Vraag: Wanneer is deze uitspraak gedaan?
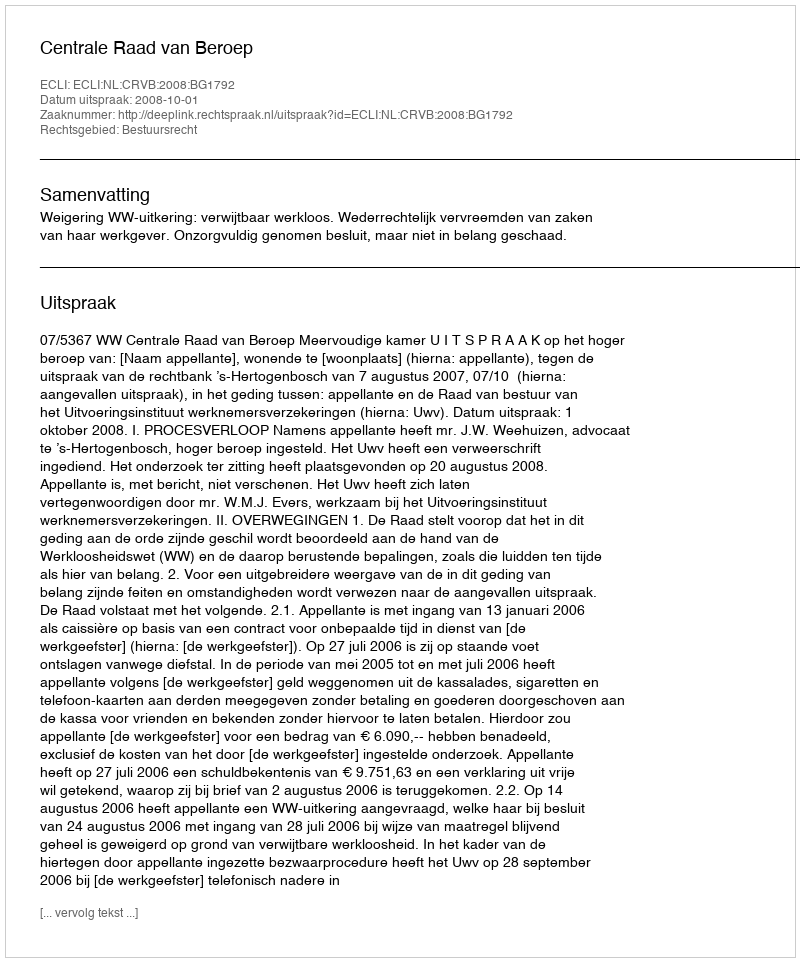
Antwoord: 2008-10-01